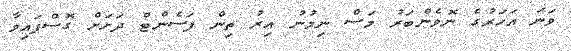
ވަނަ އަހަރުގެ ނޮވެންބަރު މަސް ނިމުނު އިރު ތިން ޕަސެންޓް ދަށަށް ގޮސްފައިވާ